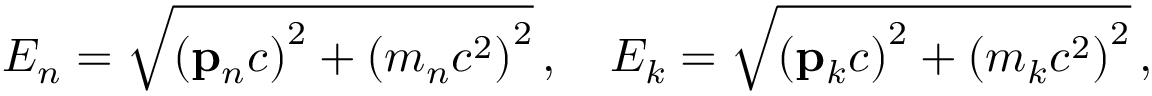
E _ { n } = { \sqrt { \left( \mathbf { p } _ { n } c \right) ^ { 2 } + \left( m _ { n } c ^ { 2 } \right) ^ { 2 } } } \, , \quad E _ { k } = { \sqrt { \left( \mathbf { p } _ { k } c \right) ^ { 2 } + \left( m _ { k } c ^ { 2 } \right) ^ { 2 } } } \, ,